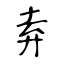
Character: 弆